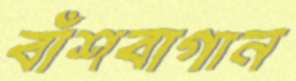
বাঁশবাগান